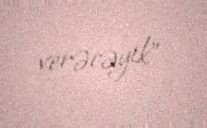
verəcəyik”.